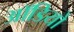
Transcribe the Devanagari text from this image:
आॅडियो